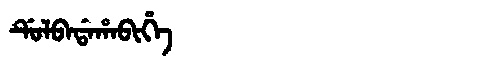
Manchu: ᡩᡠᠯᠪᠠᡩᠠᡥᠠᠪᡳᡥᡝ
Romanization: DULBADAHABIHE